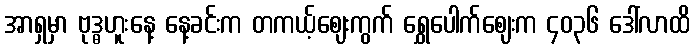
အာရှမှာ ဗုဒ္ဓဟူးနေ့ နေ့ခင်းက တကယ့်ဈေးကွက် ရွှေပေါက်ဈေးက ၄၀၃၆ ဒေါ်လာထိ